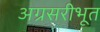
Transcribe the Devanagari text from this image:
अग्रसरीभूत